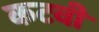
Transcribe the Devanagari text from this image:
कटवी